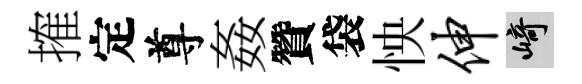
搉定尊姦贊袋怏伸崎